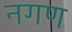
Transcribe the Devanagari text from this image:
नगण